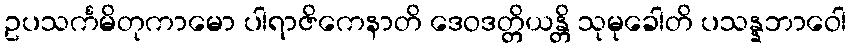
ဥပသင်္ကမိတုကာမော ပါရာဇိကေနာတိ ဒေဝဒတ္တိယန္တိ သုမုခေါတိ ပသန္နဘာဝေါ